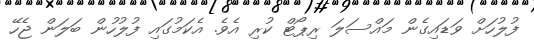
ފުލުހަށް ވަޑައިގެން މައްސަލަ ރިޕޯޓް ކުރި އެވެ. އެކަމުގައި ފުލުހުން ބަލަން ޖެހޭ